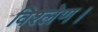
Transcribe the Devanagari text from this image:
विश्लेण।